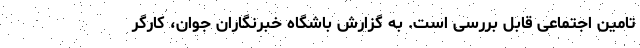
تامین اجتماعی قابل بررسی است. به گزارش باشگاه خبرنگاران جوان، کارگر